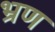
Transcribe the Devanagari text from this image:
भ्रण